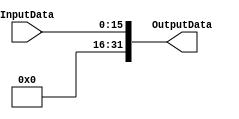
module append_zeros (InputData, OutputData);

input wire [15:0] InputData;
output wire [31:0] OutputData;


assign OutputData = {16'b0000000000000000,InputData};

endmodule